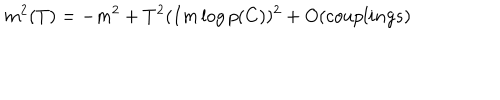
LaTeX: m ^ { 2 } ( T ) = - m ^ { 2 } + T ^ { 2 } ( I m \log p ( C ) ) ^ { 2 } + O ( c o u p l i n g s )